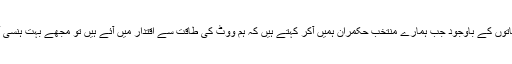
ان سب باتوں کے باوجود جب ہمارے منتخب حکمران ہمیں آکر کہتے ہیں کہ ہم ووٹ کی طاقت سے اقتدار میں آئے ہیں تو مجھے بہت ہنسی آتی ہے ۔